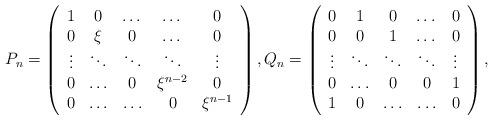
LaTeX: \begin{align*}P_n=\left(\begin{array}{ccccc}1&0&\dots&\dots&0\\0&\xi&0&\dots&0\\\vdots&\ddots&\ddots&\ddots&\vdots\\0&\ldots&0&\xi^{n-2}&0\\0&\ldots&\ldots&0&\xi^{n-1}\end{array}\right),Q_n=\left(\begin{array}{ccccc}0&1&0&\dots&0\\0&0&1&\dots&0\\{\vdots}&\ddots&\ddots&\ddots&\vdots\\0&\ldots&0&0&1\\1&0&\ldots&\ldots&0\end{array}\right),\end{align*}